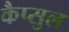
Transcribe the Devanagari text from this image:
कैप्सुल